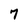
Character: 7